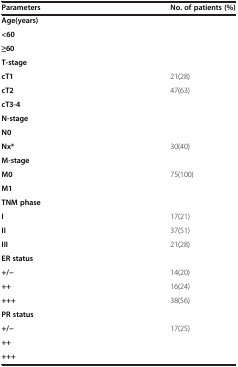
<table><thead><tr><td><b>Parameters</b></td><td><b>No. of patients (%)</b></td></tr></thead><tbody><tr><td><b>Age(years)</b></td><td>[EMPTY_CELL]</td></tr><tr><td><b>&lt;60</b></td><td>[EMPTY_CELL]</td></tr><tr><td><b>?60</b></td><td>[EMPTY_CELL]</td></tr><tr><td><b>T-stage</b></td><td>[EMPTY_CELL]</td></tr><tr><td><b>cT1</b></td><td>21(28)</td></tr><tr><td><b>cT2</b></td><td>47(63)</td></tr><tr><td><b>cT3-4</b></td><td>[EMPTY_CELL]</td></tr><tr><td><b>N-stage</b></td><td>[EMPTY_CELL]</td></tr><tr><td><b>N0</b></td><td>[EMPTY_CELL]</td></tr><tr><td><b>Nx*</b></td><td>30(40)</td></tr><tr><td><b>M-stage</b></td><td>[EMPTY_CELL]</td></tr><tr><td><b>M0</b></td><td>75(100)</td></tr><tr><td><b>M1</b></td><td>[EMPTY_CELL]</td></tr><tr><td><b>TNM phase</b></td><td>[EMPTY_CELL]</td></tr><tr><td><b>I</b></td><td>17(21)</td></tr><tr><td><b>II</b></td><td>37(51)</td></tr><tr><td><b>III</b></td><td>21(28)</td></tr><tr><td><b>ER status</b></td><td>[EMPTY_CELL]</td></tr><tr><td><b>+/?</b></td><td>14(20)</td></tr><tr><td><b>++</b></td><td>16(24)</td></tr><tr><td><b>+++</b></td><td>38(56)</td></tr><tr><td><b>PR status</b></td><td>[EMPTY_CELL]</td></tr><tr><td><b>+/?</b></td><td>17(25)</td></tr><tr><td><b>++</b></td><td>[EMPTY_CELL]</td></tr><tr><td><b>+++</b></td><td>[EMPTY_CELL]</td></tr></tbody></table>